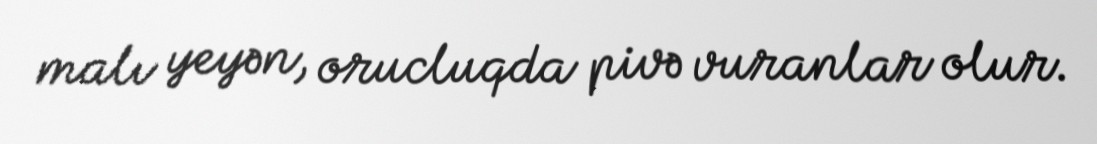
malı yeyən, orucluqda pivə vuranlar olur.